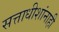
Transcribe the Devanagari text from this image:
सत्ताधीशांनाही